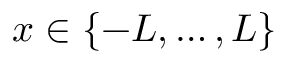
x \in \{ - L , \ldots , L \}